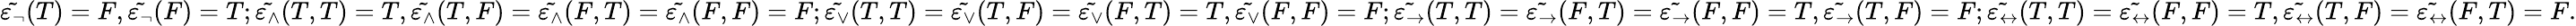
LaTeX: \tilde{\varepsilon_{\neg}}(T)=F,\tilde{\varepsilon_{\neg}}(F)=T;\tilde{\varepsilon_{\wedge}}(T,T)=T,\tilde{\varepsilon_{\wedge}}(T,F)=\tilde{\varepsilon_{\wedge}}(F,T)=\tilde{\varepsilon_{\wedge}}(F,F)=F;\tilde{\varepsilon_{\vee}}(T,T)=\tilde{\varepsilon_{\vee}}(T,F)=\tilde{\varepsilon_{\vee}}(F,T)=T,\tilde{\varepsilon_{\vee}}(F,F)=F;\tilde{\varepsilon_{\rightarrow}}(T,T)=\tilde{\varepsilon_{\rightarrow}}(F,T)=\tilde{\varepsilon_{\rightarrow}}(F,F)=T,\tilde{\varepsilon_{\rightarrow}}(T,F)=F;\tilde{\varepsilon_{\leftrightarrow}}(T,T)=\tilde{\varepsilon_{\leftrightarrow}}(F,F)=T,\tilde{\varepsilon_{\leftrightarrow}}(T,F)=\tilde{\varepsilon_{\leftrightarrow}}(F,T)=F.